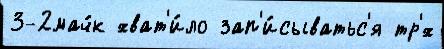
3-2мач́к хват'и́ло зап'и́сыватьс'я тр'́х